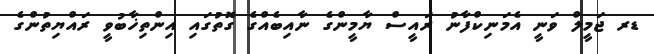
ޑރ ޖަމީލް ވަނީ އެމަނިކްފާނު ރައީސް ޔާމީންގެ ނާއިބެއްގެ ގޮތުގައި އިންތިޚާބުވީ ރައްޔިތުންގެ